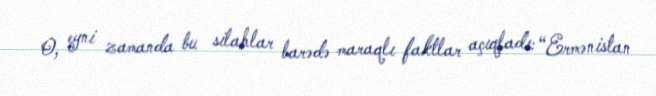
O, eyni zamanda bu silahlar barədə maraqlı faktlar açıqladı: “Ermənistan